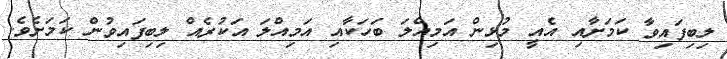
ލިބިފައިވާ ކަމަށާއި އެއީ މުޅިން އަމިއްލަ ބަހަކާއި އަމިއްލަ އަކުރެއް ލިބިފައިވުން ކަމަށެވެ.